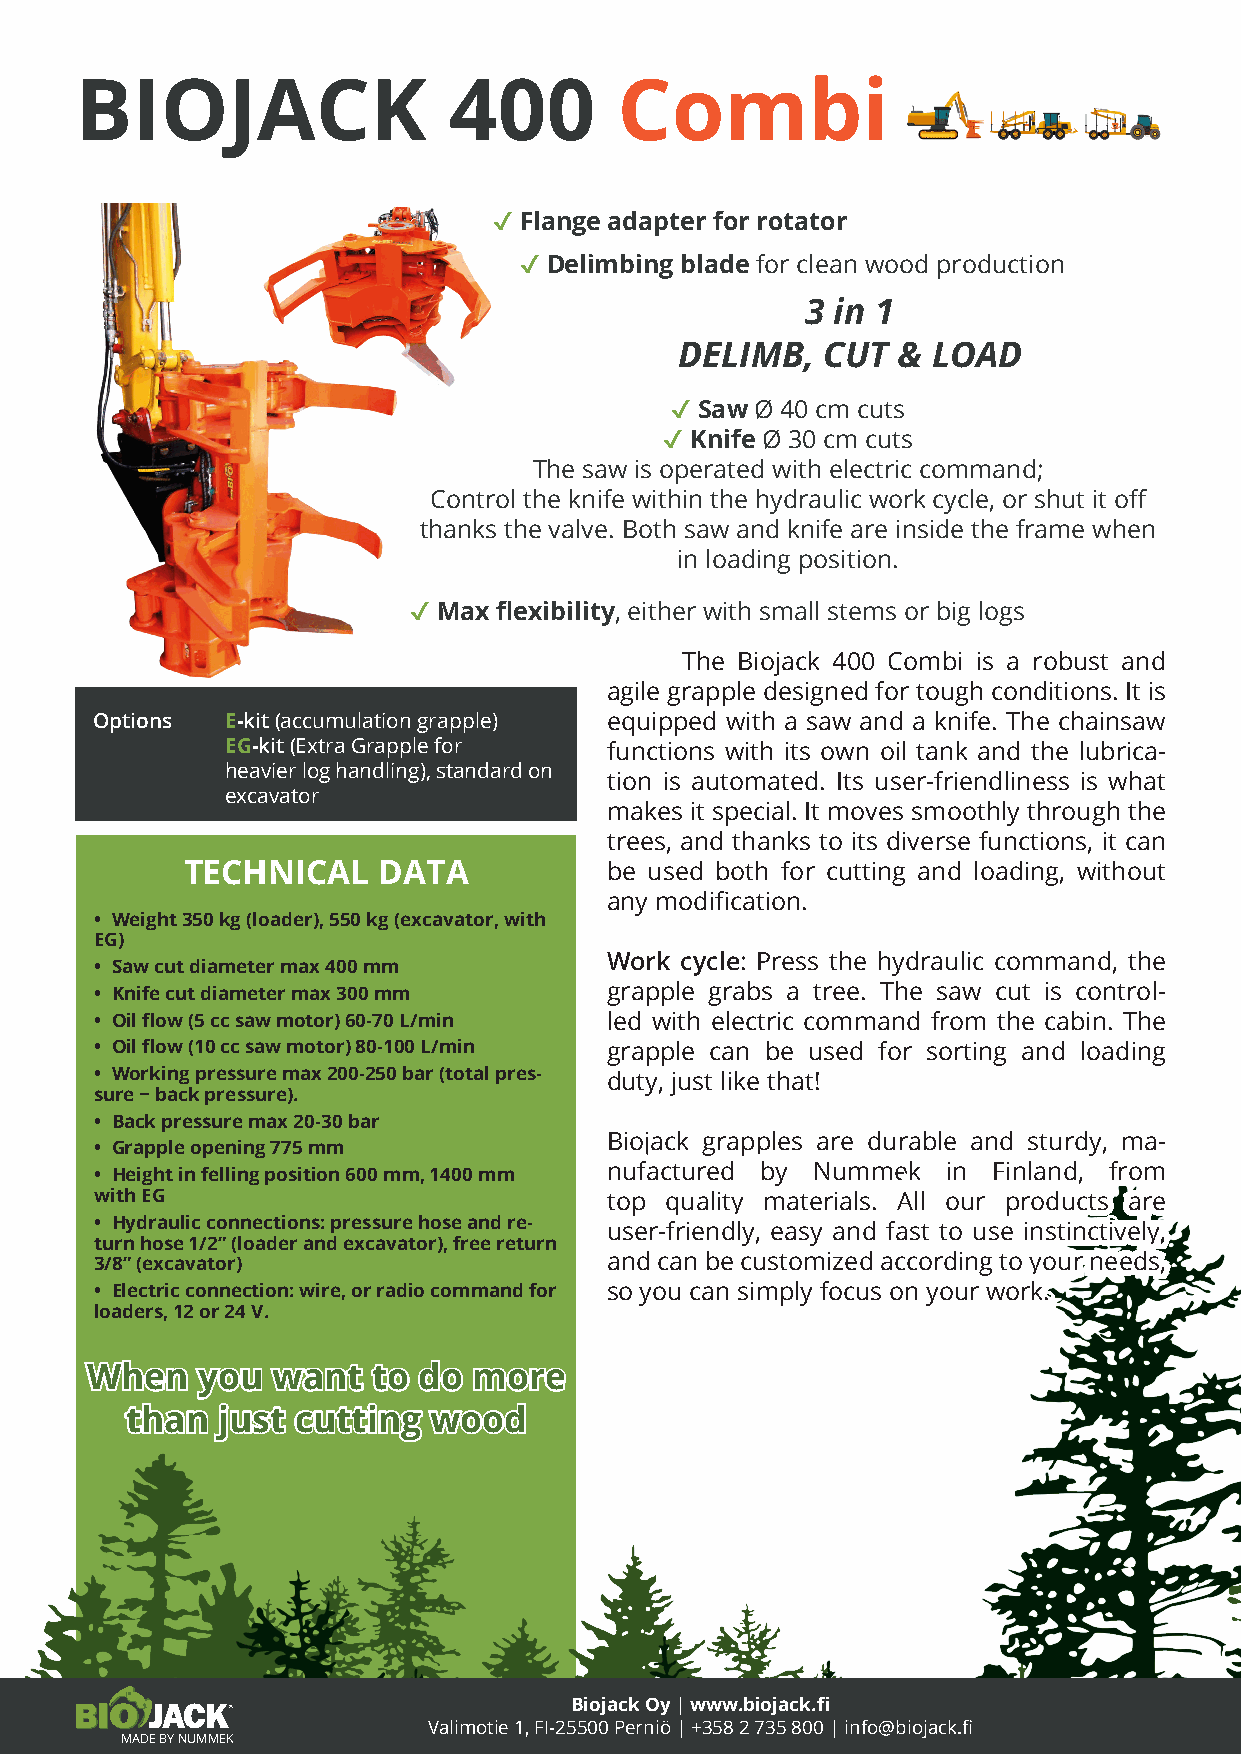
BIOJACK                  400        Combi
 Flange adapter for rotator
 ✔
 Delimbing blade for clean wood production
 ✔
 3 in 1
 DELIMB,  CUT  &  LOAD
 Saw Ø 40 cm cuts
 ✔
 Knife Ø 30 cm cuts
 ✔
 The saw is operated with electric command;
 Control the knife within the hydraulic work cycle, or shut it off
 thanks the valve. Both saw and knife are inside the frame when
 in loading position.
 Max flexibility, either with small stems or big logs
 ✔
 The Biojack 400 Combi is a robust and
 agile grapple designed for tough conditions. It is
 Options  E-kit (accumulation grapple) equipped with a saw and a knife. The chainsaw
 EG-kit (Extra Grapple for functions with its own oil tank and the lubrica-
 heavier log handling), standard on
 tion is automated. Its user-friendliness is what
 excavator
 makes it special. It moves smoothly through the
 trees, and thanks to its diverse functions, it can
 TECHNICAL    DATA           be used both for cutting and loading, without
 any modification.
 • Weight 350 kg (loader), 550 kg (excavator, with
 EG)
 Work cycle: Press the hydraulic command, the
 • Saw cut diameter max 400 mm
 • Knife cut diameter max 300 mm   grapple grabs a tree. The saw cut is control-
 • Oil flow (5 cc saw motor) 60-70 L/min led with electric command from the cabin. The
 • Oil flow (10 cc saw motor) 80-100 L/min grapple can be used for sorting and loading
 • Working pressure max 200-250 bar (total pres- duty, just like that!
 sure − back pressure).
 • Back pressure max 20-30 bar
 Biojack grapples are durable and sturdy, ma-
 • Grapple opening 775 mm
 nufactured by Nummek   in Finland, from
 • Height in felling position 600 mm, 1400 mm
 with EG                           top quality materials. All our products are
 • Hydraulic connections: pressure hose and re- user-friendly, easy and fast to use instinctively,
 turn hose 1/2” (loader and excavator), free return
 3/8” (excavator)                  and can be customized according to your needs,
 • Electric connection: wire, or radio command for so you can simply focus on your work.
 loaders, 12 or 24 V.
 When   you  want   to do more
 than  just cutting  wood
 Biojack Oy | www.biojack.fi
 Valimotie 1, FI-25500 Perniö | +358 2 735 800 | info@biojack.fi
 MADE BY NUMMEK